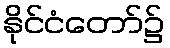
နိုင်ငံတော်၌